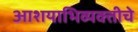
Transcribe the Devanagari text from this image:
आशयाभिव्यक्तीचे